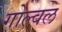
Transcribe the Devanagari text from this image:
गोल्वल